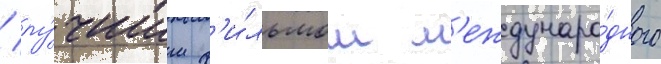
/ лу́чшим ф'и́льмом м'еждунаро́дного